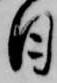
日